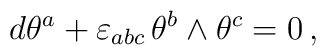
d\theta^a+\varepsilon_{abc}\,\theta^b\wedge\theta^c=0\, ,